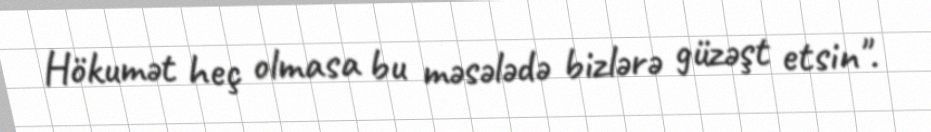
Hökumət heç olmasa bu məsələdə bizlərə güzəşt etsin".